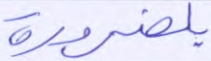
بلضرورة